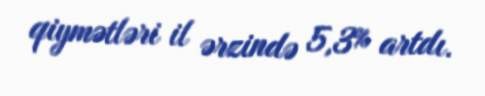
qiymətləri il ərzində 5,3% artdı.